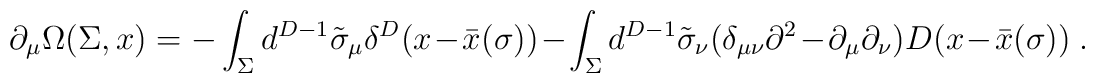
\partial_{\mu } \Omega (\Sigma ,x) =-\int_{\Sigma } d^{D-1} \tilde{\sigma }_{\mu }\delta^{D} (x-\bar{x} (\sigma ) ) -\int_{\Sigma } d^{D-1} \tilde{\sigma }_{\nu }(\delta_{\mu \nu } \partial^{2} - \partial_{\mu } \partial_{\nu } )D(x-\bar{x} (\sigma ) ) \ .